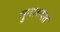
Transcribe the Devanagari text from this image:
मुनासबत